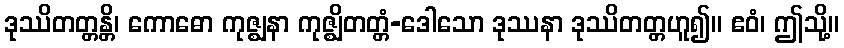
ဒုဿိတတ္တန္တိ၊ ကောဓော ကုဇ္ဈနာ ကုဇ္ဈိတတ္တံ-ဒေါသော ဒုဿနာ ဒုဿိတတ္တဟူ၍။ ဧဝံ၊ ဤသို့။